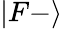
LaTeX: |F{-}\rangle